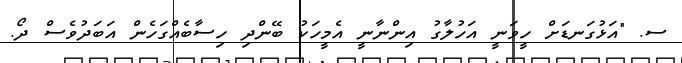
ސ. "އަޅުގަނޑަށް ހީވަނީ އަހުލާގު އިންނާނީ އެމީހަކު ބޭންދި ހިސާބެއްގަހެން އަބަދުވެސް ދޯ.